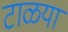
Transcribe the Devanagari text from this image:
टाळया